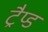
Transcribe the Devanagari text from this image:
ट्रैप्ड